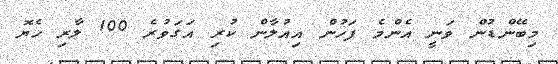
މިބޭންޑުން ވަނީ އެންމެ ފަހުން އިއުލާން ކުރި އަގަވުރެ 100 ލާރި ހެޔޮ